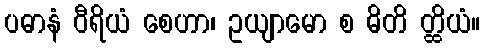
ပဓာနံ ဝီရိယံ စေဟာ၊ ဥယျာမော စ ဓိတိ တ္ထိယံ။